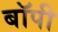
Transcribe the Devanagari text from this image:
बॉपी